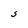
Character: S